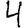
Digit: 4